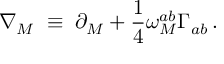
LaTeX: \nabla _ { M } \; \equiv \; \partial _ { M } + \frac { 1 } { 4 } \omega _ { M } ^ { a b } \Gamma _ { a b } \, .